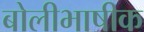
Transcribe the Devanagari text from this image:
बोलीभाषीक